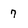
Character: 7